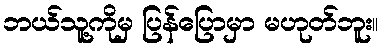
ဘယ်သူ့ကိုမှ ပြန်ပြောမှာ မဟုတ်ဘူး။